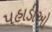
પહાડીઓ